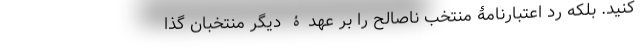
کنید. بلکه رد اعتبارنامۀ منتخب ناصالح را بر عهدۀ دیگر منتخبان گذا